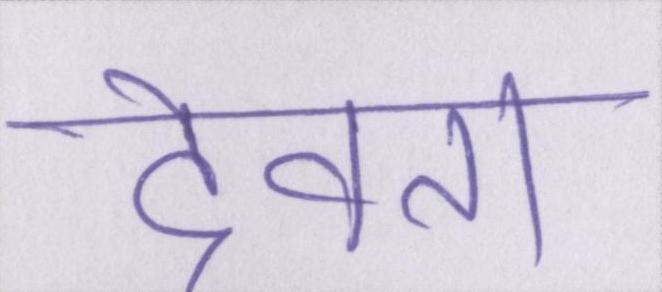
देवता